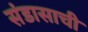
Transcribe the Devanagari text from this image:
संडासाची